Sketch of the medical history of the native army of Bombay, for the year
Year: 1872
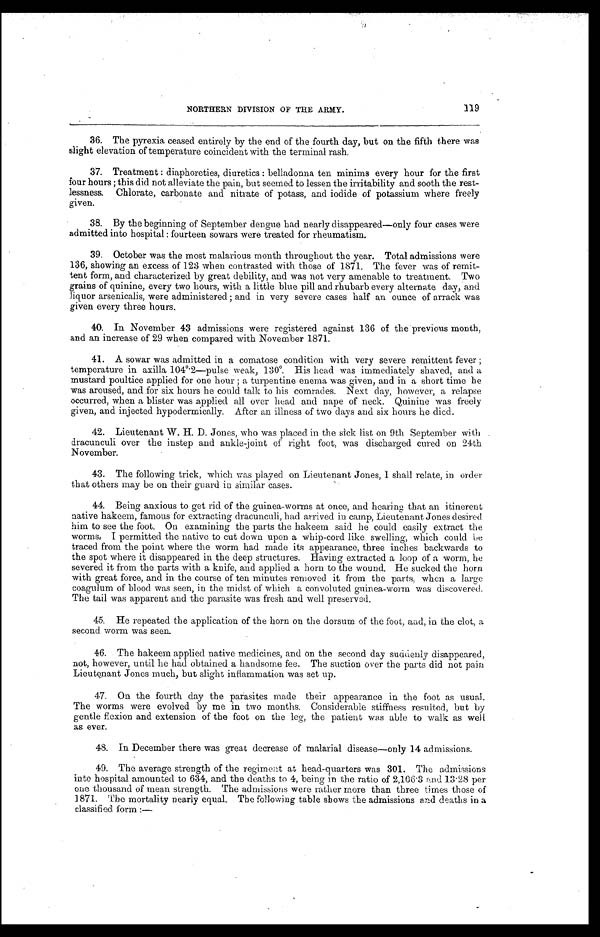
119
NORTHERN DIVISION OF THE ARMY.
36.
The pyrexia ceased entirely by the end of the fourth day, but on the fifth there was
slight elevation of temperature coincident with the terminal rash.
37.
Treatment : diaphoreties, diuretics : belladonna ten minims every hour for the first
four hours ; this did not alleviate the pain, but seemed to lessen the irritability and sooth the rest-
lessness. Chlorate, carbonate and nitrate of potass, and iodide of potassium where freely
given.
38.
By the beginning of September dengue had nearly disappeared—only four cases were
admitted into hospital : fourteen sowars were treated for rheumatism.
39.
October was the most malarious month throughout the year. Total admissions were
136, showing an excess of 123 when contrasted with those of 1871. The fever was of remit-
tent form, and characterized by great debility, and was not very amenable to treatment. Two
grains of quinine, every two hours, with a little blue pill and rhubarb every alternate day, and
liquor arsenicalis, were administered ; and in very severe cases half an ounce of arrack was
given every three hours.
40.
In November 43 admissions were registered against 136 of the previous month,
and an increase of 29 when compared with November 1871.
41.
A sowar was admitted in a comatose condition with very severe remittent fever ;
temperature in axilla 104˚.2—pulse weak, 130˚. His head was immediately shaved, and a
mustard poultice applied for one hour ; a turpentine enema was given, and in a short time he
was aroused, and for six hours he could talk to his comrades. Next day, however, a relapse
occurred, when a blister was applied all over head and nape of neck. Quinine was freely
given, and injected hypodermically. After an illness of two days and six hours he died.
42.
Lieutenant W. H. D. Jones, who was placed in the sick list on 9th September with
dracunculi over the instep and ankle-joint of right foot, was discharged cured on 24th
November.
43.
The following trick, which was played on Lieutenant Jones, I shall relate, in order
that others may be on their guard in similar cases.
44.
Being anxious to get rid of the guinea-worms at once, and hearing that an itinerent
native hakeem, famous for extracting dracunculi, had arrived in camp, Lieutenant Jones desired
him to see the foot. On examining the parts the hakeem said he could easily extract the
worms. I permitted the native to cut down upon a whip-cord like swelling, which could be
traced from the point where the worm had made its appearance, three inches backwards to
the spot where it disappeared in the deep structures. Having extracted a loop of a worm, he
severed it from the parts with a knife, and applied a horn to the wound. He sucked the horn
with great force, and in the course of ten minutes removed it from the parts, when a large
coagulum of blood was seen, in the midst of which a convoluted guinea-worm was discovered.
The tail was apparent and the parasite was fresh and well preserved.
45. He repeated the application of the horn on the dorsum of the foot, and, in the clot, a
second worm was seen
.
46.
The hakeem applied native medicines, and on the second day suddenly disappeared,
not, however, until he had obtained a handsome fee. The suction over the parts did not pain
Lieutenant Jones much, but slight inflammation was set up.
47.
On the fourth day the parasites made their appearance in the foot as usual.
The worms were evolved by me in two months. Considerable stiffness resulted, but by
gentle flexion and extension of the foot on the leg, the patient was able to walk as well
as ever.
48.
In December there was great decrease of malarial disease—only 14 admissions.
49.
The average strength of the regiment at head-quarters was 301. The admissions
into hospital amounted to 634, and the deaths to 4, being in the ratio of 2,106.3 and 13.28 per
one thousand of mean strength. The admissions were rather more than three times those of
1871. The mortality nearly equal. The following table shows the admissions and deaths in a
classified form :—